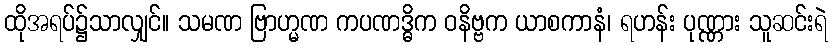
ထိုအရပ်၌သာလျှင်။ သမဏ ဗြာဟ္မဏ ကပဏဒ္ဓိက ဝနိဗ္ဗက ယာစကာနံ၊ ရဟန်း ပုဏ္ဏား သူဆင်းရဲ